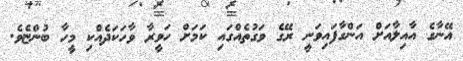
އޭނާގެ އާއިލާއަށް އަންގާފައިވަނީ ރޭގެ ވަގުތެއްގައި ކަމަށް ހަވީރާ ވާހަކަދެއްކި މީހާ ބުންޏެވެ.